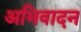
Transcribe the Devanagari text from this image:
अभिवादन